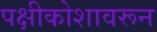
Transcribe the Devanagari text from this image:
पक्षीकोशावरून